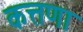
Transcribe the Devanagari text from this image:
कत्तणा